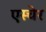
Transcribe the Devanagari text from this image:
एस्चेर